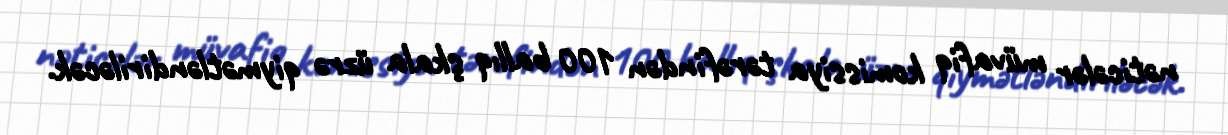
nəticələr müvafiq komissiya tərəfindən 100 ballıq şkala üzrə qiymətləndiriləcək.